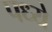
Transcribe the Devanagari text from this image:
पध्ये